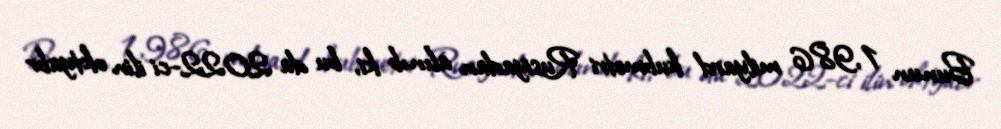
Bunun 1,986 milyard kubmetri Rusiyadan alınıb ki, bu da 2022-ci ilin oktyabr